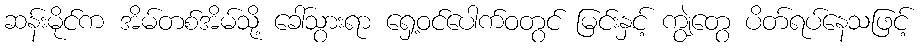
ဆန်းမိုင်က အိမ်တစ်အိမ်သို့ ခေါ်သွားရာ ရှေ့ဝင်ပေါက်ဝတွင် မြင်းနှင့် ကျွဲတွေ ပိတ်ရပ်နေသဖြင့်